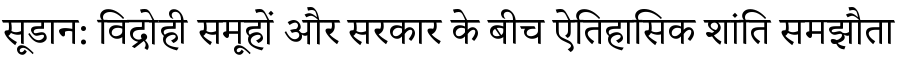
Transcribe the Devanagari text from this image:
सूडान: विद्रोही समूहों और सरकार के बीच ऐतिहासिक शांति समझौता